DOW-UAP-D48, Department of the Air Force Report, 1996
Agency: Department of War
Incident date: 9/10/96
Page 63
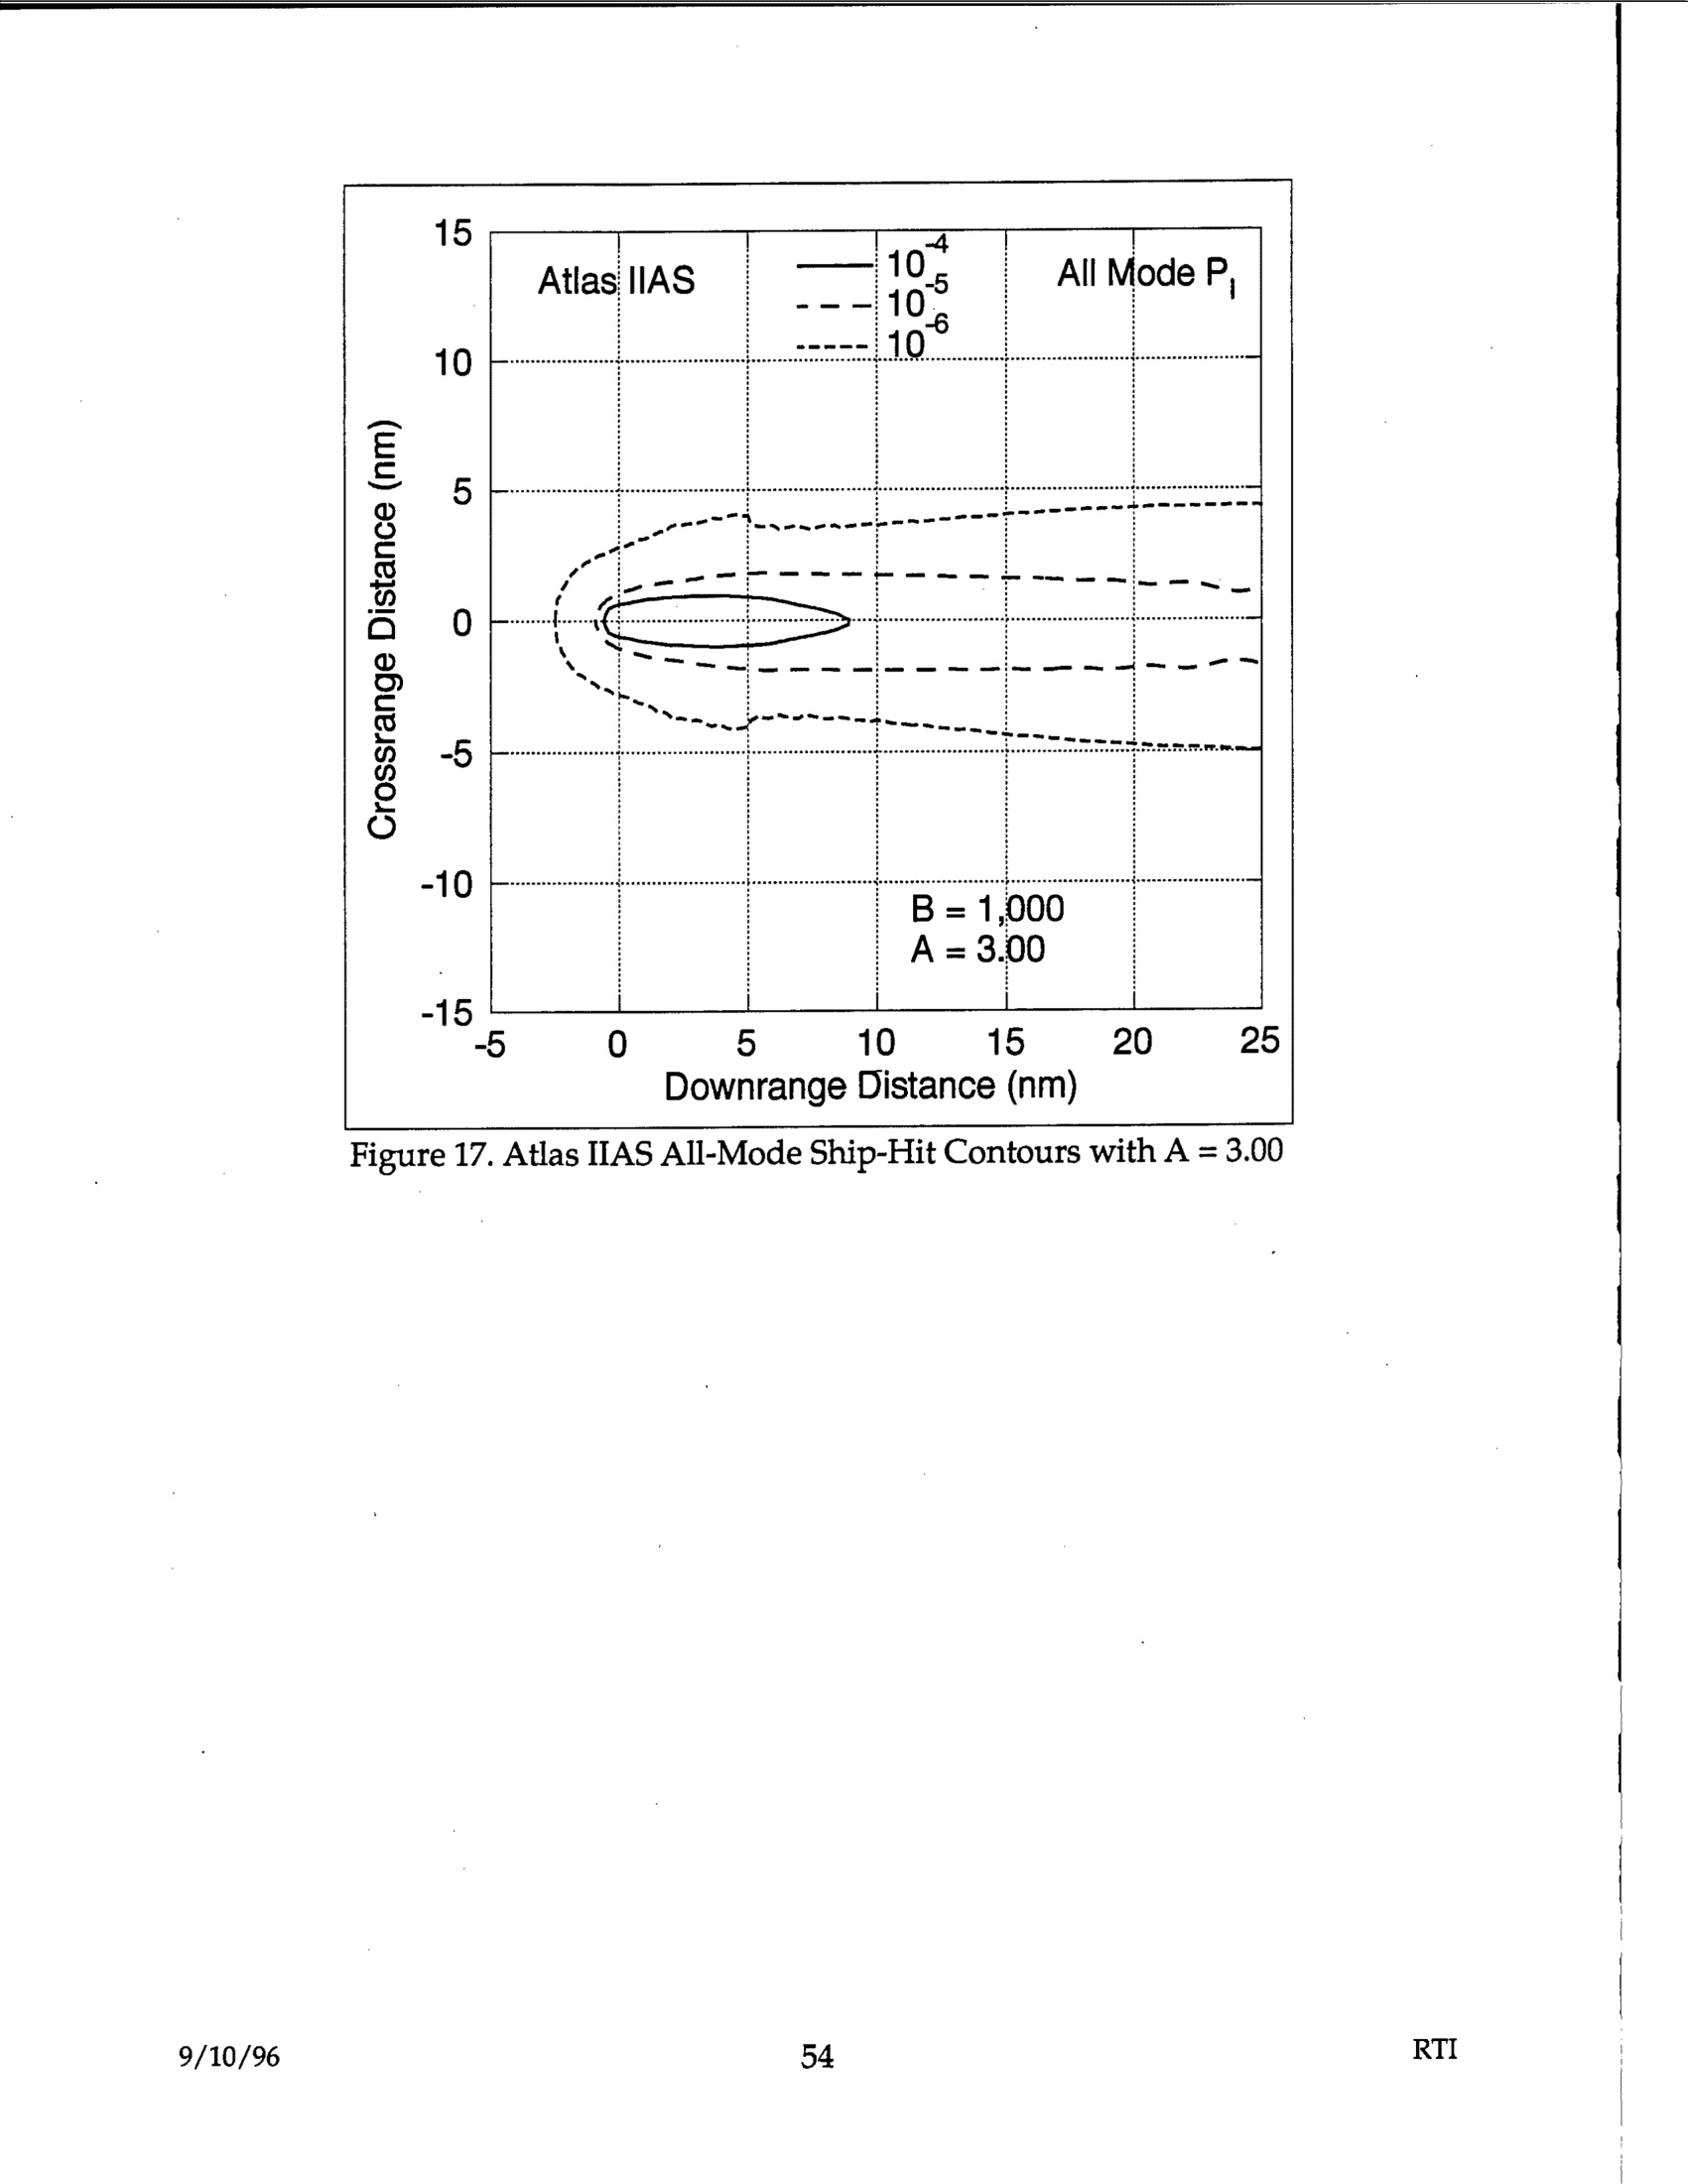